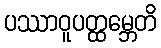
ပဿာဝူပတ္ထမ္ဘေတိ